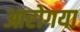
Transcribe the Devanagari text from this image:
आरोगया